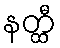
နတ္ထီ